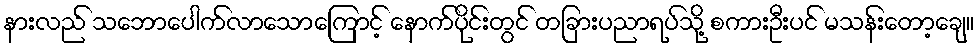
နားလည် သဘောပေါက်လာသောကြောင့် နောက်ပိုင်းတွင် တခြားပညာရပ်သို့ စကားဦးပင် မသန်းတော့ချေ။